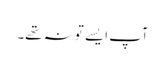
آپ ایسے تو نہ تھے۔